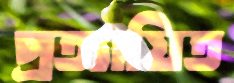
প্রত্যায়িত